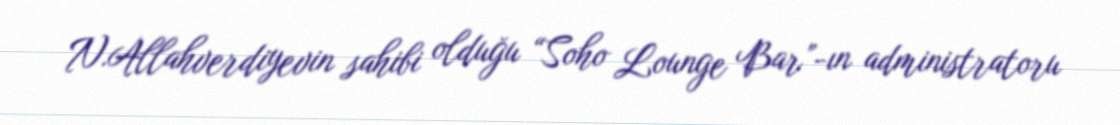
N.Allahverdiyevin sahibi olduğu “Soho Lounge Bar”-ın administratoru